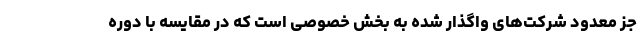
جز معدود شرکت‌های واگذار شده به بخش خصوصی است که در مقایسه با دوره